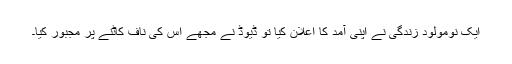
ایک نومولود زندگی نے اپنی آمد کا اعلان کیا تو ڈیوڈ نے مجھے اس کی ناف کاٹنے پر مجبور کیا۔